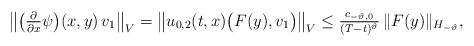
\begin{align*}& \big\| \big(\tfrac{ \partial }{ \partial x } \psi\big)( x, y ) \, v_1 \big\|_V= \left\| u_{0,2}( t, x ) \big( F( y ), v_1 \big) \right\|_V\leq \tfrac{ c_{ -\vartheta, 0 } }{ ( T - t )^{ \vartheta } } \, \| F( y ) \|_{ H_{ -\vartheta } },\end{align*}